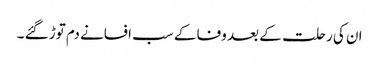
ان کی رحلت کے بعد وفا کے سب افسانے دم توڑ گئے ۔